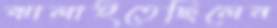
ঝালাইতেছিলেন